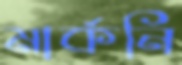
মার্কনি